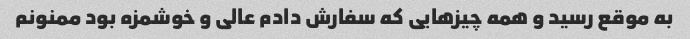
به موقع رسید و همه چیزهایی که سفارش دادم عالی و خوشمزه بود ممنونم